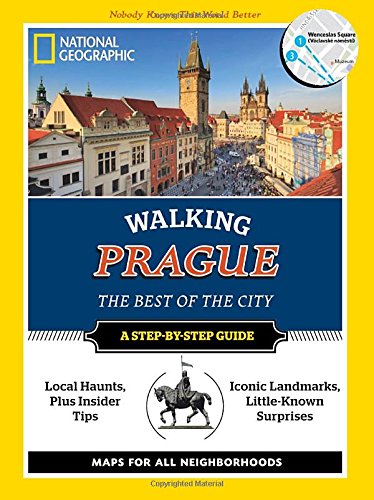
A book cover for National Geographic Walking Prague: The Best of the City (National Geographic Walking the Best of the City); Will Tizard; Travel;